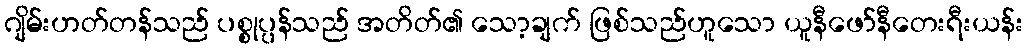
ဂျိမ်းဟတ်တန်သည် ပစ္စုပ္ပန်သည် အတိတ်၏ သော့ချက် ဖြစ်သည်ဟူသော ယူနီဖော်နီတေးရီးယန်း